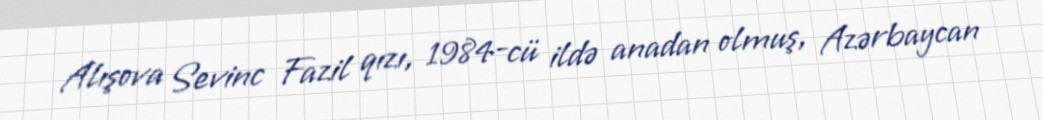
Alışova Sevinc Fazil qızı, 1984-cü ildə anadan olmuş, Azərbaycan